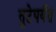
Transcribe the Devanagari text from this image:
तुटेपर्यंत